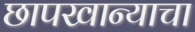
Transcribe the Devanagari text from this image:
छापखान्याचा